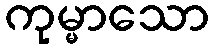
ကုမ္မာသော